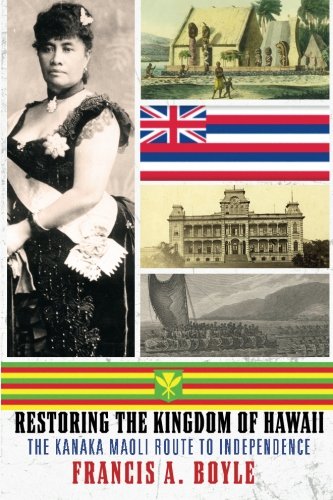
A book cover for Restoring the Kingdom of Hawaii: The Kanaka Maoli Route to Independence; Francis A. Boyle; Law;